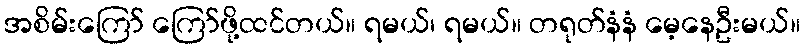
အစိမ်းကြော် ကြော်ဖို့ထင်တယ်။ ရမယ်၊ ရမယ်။ တရုတ်နံနံ မေ့နေဦးမယ်။